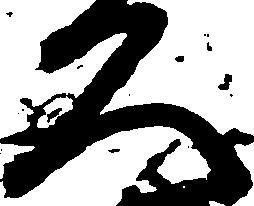
久